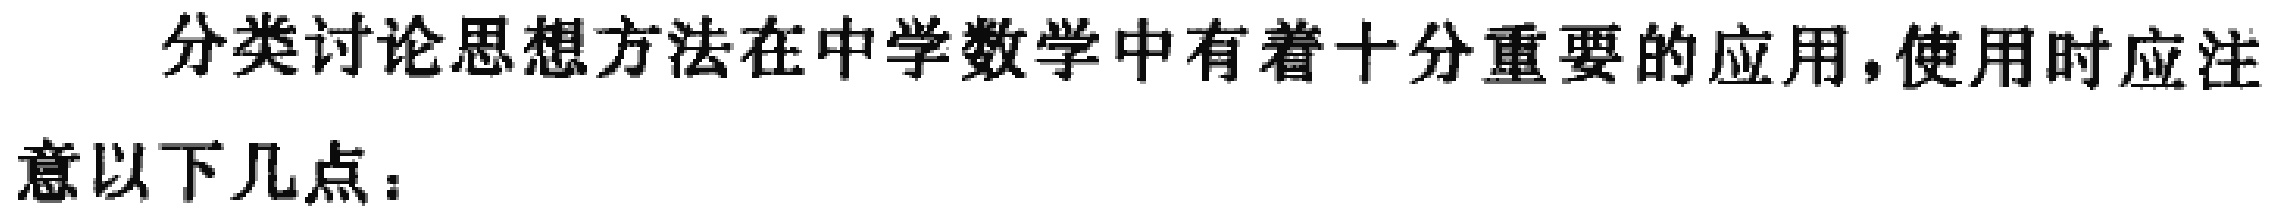
分类讨论思想方法在中学数学中有着十分重要的应用，使用时应注意以下几点：